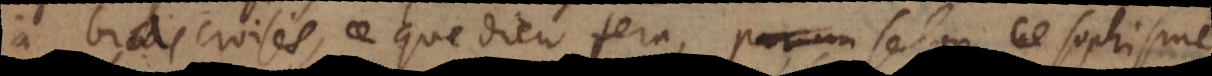
à bras croisés, ce que Dieu fera, selon ce sophisme